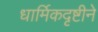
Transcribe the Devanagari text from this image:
धार्मिकदृष्टीने